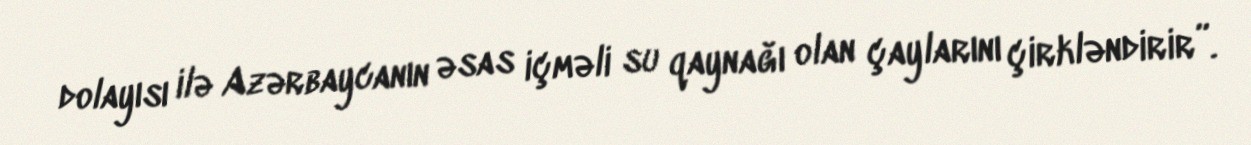
dolayısı ilə Azərbaycanın əsas içməli su qaynağı olan çaylarını çirkləndirir”.